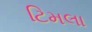
ટિમલા